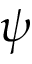
\psi